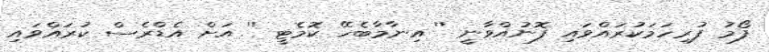
ފޯމު ފުރިހަމަކުރައްވައި ފޮނުއްވާނީ '' އިނާމާބެހޭ ކޮމެޓީ '' އަށް އެޑްރެސް ކުރައްވައި